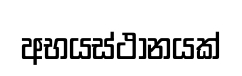
අභයස්ථානයක්